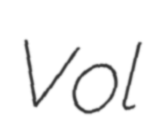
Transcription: Vol